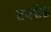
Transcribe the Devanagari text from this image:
टफ्टेड